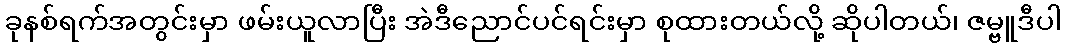
ခုနစ်ရက်အတွင်းမှာ ဖမ်းယူလာပြီး အဲဒီညောင်ပင်ရင်းမှာ စုထားတယ်လို့ ဆိုပါတယ်၊ ဇမ္ဗူဒီပါ